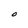
Character: O